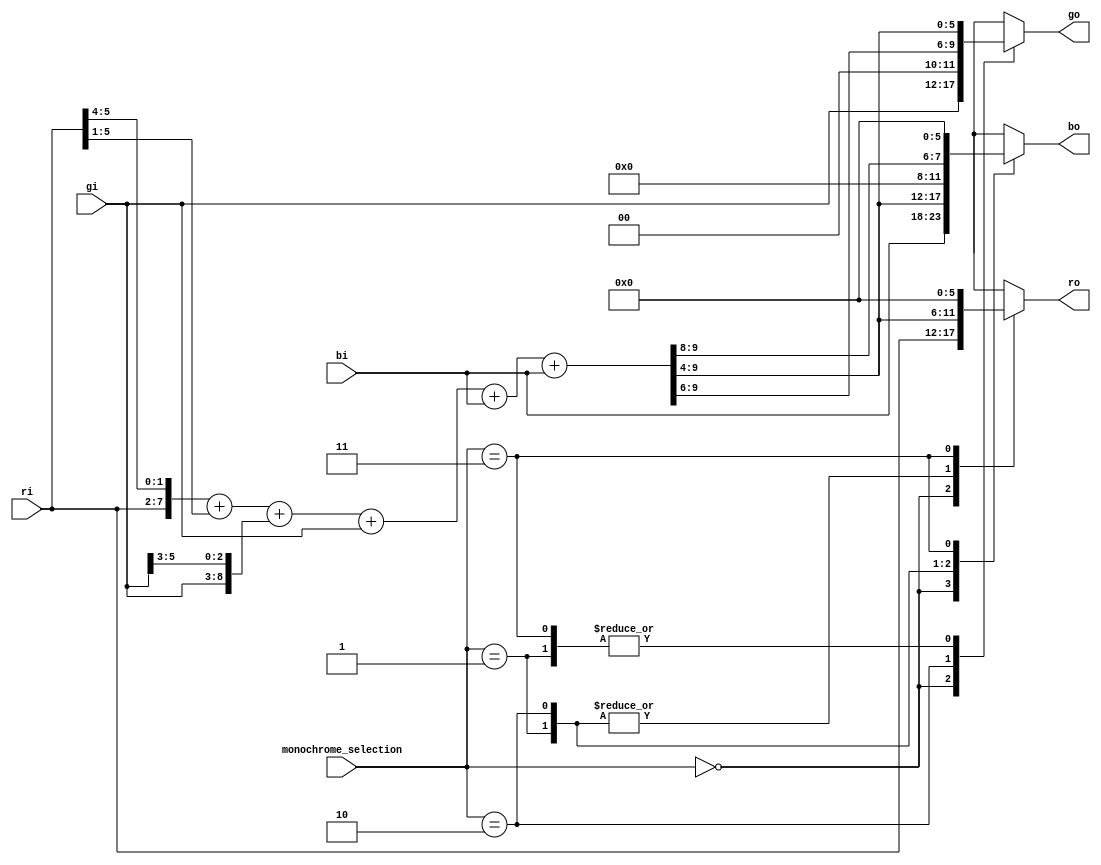
`timescale 1ns / 1ps
`default_nettype none

//////////////////////////////////////////////////////////////////////////////////
// Company: 
// Engineer: 
// 
// Design Name: 
// Module Name:    monochrome
// Project Name: 
// Target Devices: 
// Tool versions: 
// Description: 
//
// Dependencies: 
//
// Revision: 
// Revision 0.01 - File modified by Fernando Mosquera
// Additional Comments: 
//
//////////////////////////////////////////////////////////////////////////////////

module monochrome (
  input wire [1:0] monochrome_selection,
  input wire [5:0] ri,
  input wire [5:0] gi,
  input wire [5:0] bi,
  output reg [5:0] ro,
  output reg [5:0] go,
  output reg [5:0] bo  
  );
  
  // Escala monocromatica especifica para la paleta original 
  // de Spectrum. 
  wire [9:0] r_in, g_in, b_in;
  wire [9:0] y_out;
  
  assign r_in = {ri,ri[5:3],1'b0};
  assign g_in = {gi,gi[5:3],1'b0};
  assign b_in = {bi,bi[5:3],1'b0};
	
  // Equivale a la formula y=0.299r+0.587g+0.114b; 
  assign y_out = (r_in>>2)+(r_in>>5)+(g_in>>1)+(g_in>>4)+(b_in>>4)+(b_in>>4);
		
  always @(*)
	 begin
		case (monochrome_selection)
			2'b00  : begin    // color
							ro	= ri; 
							go = gi;
							bo = bi;
						end
			2'b01  : begin   // gray
							ro = y_out[9:4];
				         go = y_out[9:4];
							bo = y_out[9:4];
						end
			2'b10  : begin  // orange
							ro = y_out[9:4];
				         go = {2'b00,y_out[9:6]};
							bo = {4'b0000,y_out[9:8]};
						end
			2'b11  : begin //green 
							ro = 6'b000000;
				         go = y_out[9:4];
							bo = 6'b000000;
						end
		endcase
	end 

endmodule